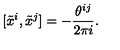
[ \tilde { x } ^ { i } , \tilde { x } ^ { j } ] = - \frac { \theta ^ { i j } } { 2 \pi i } .